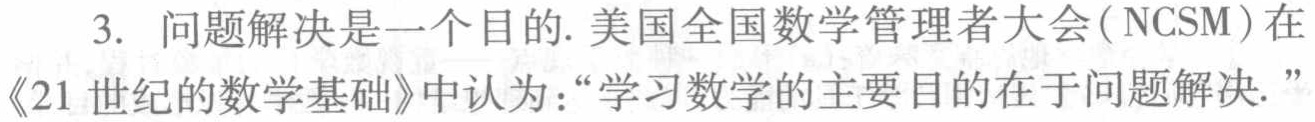
3. 问题解决是一个目的. 美国全国数学管理者大会(NCSM)在《21 世纪的数学基础》中认为：“学习数学的主要目的在于问题解决.”